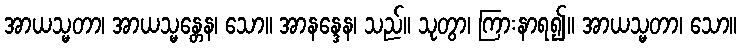
အာယသ္မတာ၊ အာယသ္မန္တေန၊ သော။ အာနန္ဒေန၊ သည်။ သုတွာ၊ ကြားနာရ၍။ အာယသ္မတာ၊ သော။